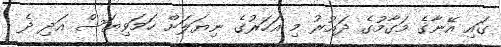
ގައި އޭނާގެ މަގާމުގެ ދައުރު މި އަހަރުގެ ނިޔަލަށް ހަމަވިޔަސް އަދި ދެ